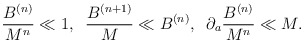
\begin{align*}\frac{B^{(n)}}{M^n} \ll 1, \;\; \frac{B^{(n+1)}}{M} \ll B^{(n)}, \;\;\partial_a \frac{B^{(n)}}{M^n} \ll M.\end{align*}